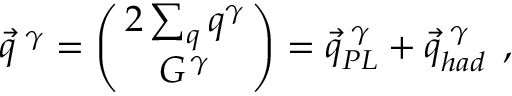
\vec { q } ^ { \, \, \gamma } = \left( \! \! \begin{array} { c } { { 2 \sum _ { q } q ^ { \gamma } } } \\ { { G ^ { \, \gamma } } } \end{array} \! \! \right) = \vec { q } _ { P L } ^ { \, \, \gamma } + \vec { q } _ { h a d } ^ { \, \, \gamma } \: \: ,